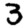
Digit: 3